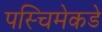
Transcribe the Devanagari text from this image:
पस्चिमेकडे